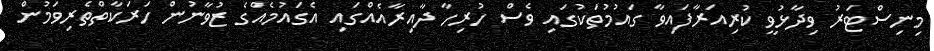
މިނިސްޓަރު ވިދާޅުވީ ކުރިއަރާފައިވާ ގައުމުތަކުގައި ވެސް ހުރިހާ ދާއިރާއެއްގައި އެގައުމެއްގެ ޒުވާނުން ހަރަކާތްތެރިވަމުން